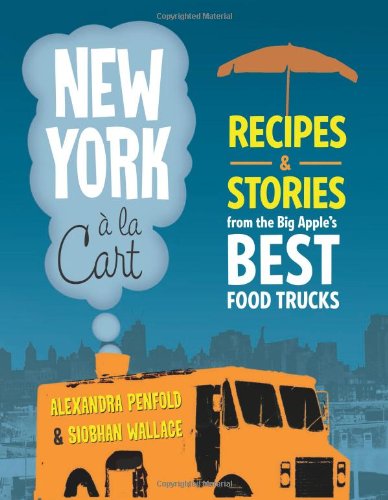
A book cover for New York a la Cart: Recipes and Stories from the Big Apple's Best Food Trucks; Siobhan Wallace; Cookbooks, Food & Wine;